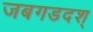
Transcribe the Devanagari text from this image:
जबगडदश्